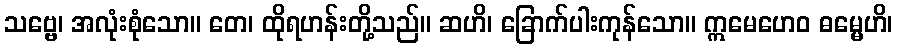
သဗ္ဗေ၊ အလုံးစုံသော။ တေ၊ ထိုရဟန်းတို့သည်။ ဆဟိ၊ ခြောက်ပါးကုန်သော။ ဣမေဟေဝ ဓမ္မေဟိ၊